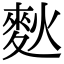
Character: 𪌌